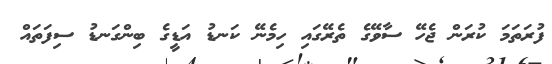
ފުރަތަމަ ކުރަން ޖެހޭ ސާވޭގެ ތެރޭގައި ހިމެނޭ ކަނޑު އަޑީގެ ބިންގަނޑު ސިފަތައް